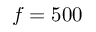
f = 5 0 0